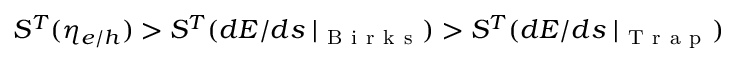
S ^ { T } ( \eta _ { e / h } ) > S ^ { T } ( d E / d s \mid _ { \mathrm { ~ B ~ i ~ r ~ k ~ s ~ } } ) > S ^ { T } ( d E / d s \mid _ { \mathrm { ~ T ~ r ~ a ~ p ~ } } )